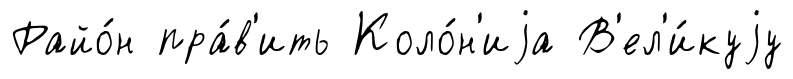
Райо́н пра́в'ить Коло́н'иjа В'ел'и́куjу